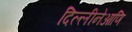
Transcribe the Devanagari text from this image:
दिल्लीनेआणि